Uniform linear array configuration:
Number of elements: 4
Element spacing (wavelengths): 0.75
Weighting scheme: hann
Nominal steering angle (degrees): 45
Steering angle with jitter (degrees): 46.132
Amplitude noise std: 0.05
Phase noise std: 0.05

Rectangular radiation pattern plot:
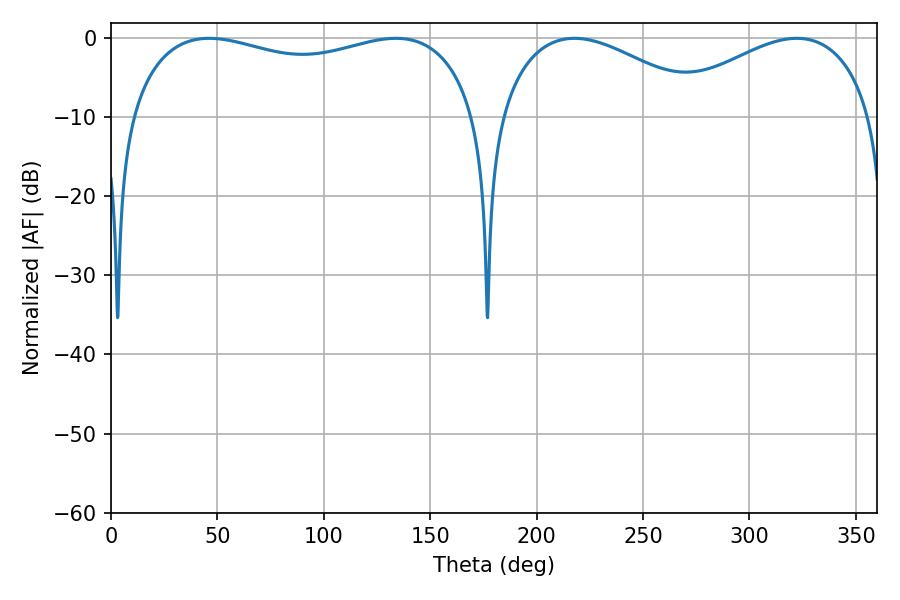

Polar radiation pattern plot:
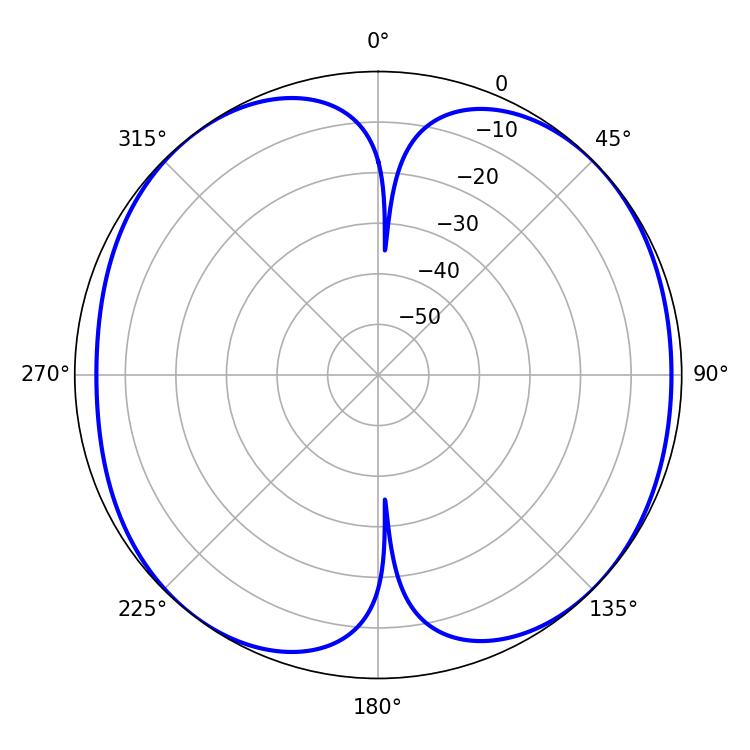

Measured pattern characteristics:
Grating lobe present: TRUE
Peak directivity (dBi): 9.502
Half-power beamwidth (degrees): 54.72
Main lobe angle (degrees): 217.8